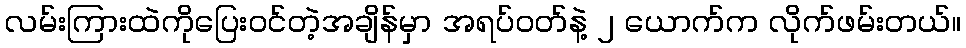
လမ်းကြားထဲကိုပြေးဝင်တဲ့အချိန်မှာ အရပ်ဝတ်နဲ့ ၂ ယောက်က လိုက်ဖမ်းတယ်။